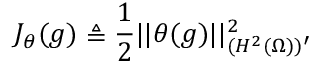
J _ { \theta } ( g ) \triangleq \frac { 1 } { 2 } | | \theta ( g ) | | _ { ( H ^ { 2 } ( \Omega ) ) ^ { \prime } } ^ { 2 }